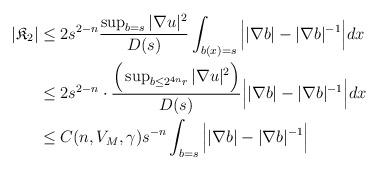
LaTeX: \begin{align*}|\mathfrak{K}_2|&\leq 2s^{2- n} \frac{\sup_{b= s} |\nabla u|^2}{D(s)} \int_{b(x)= s} \Big| |\nabla b|- |\nabla b|^{-1}\Big|dx \\&\leq 2s^{2- n} \cdot \frac{\Big(\sup_{b\leq 2^{4n}r} |\nabla u|^2\Big)}{D(s)} \Big| |\nabla b|- |\nabla b|^{-1}\Big|dx \\&\leq C(n, V_M, \gamma)s^{-n}\int_{b= s} \Big| |\nabla b|- |\nabla b|^{-1}\Big| \end{align*}